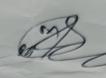
Signature authenticity: genuine